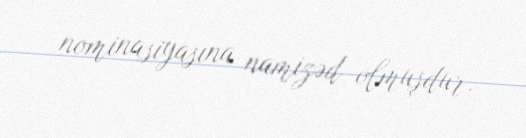
nominasiyasına namizəd olmuşdur.